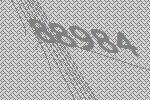
88984